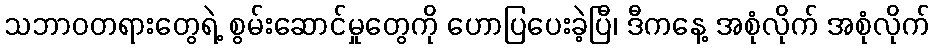
သဘာဝတရားတွေရဲ့ စွမ်းဆောင်မှုတွေကို ဟောပြပေးခဲ့ပြီ၊ ဒီကနေ့ အစုံလိုက် အစုံလိုက်